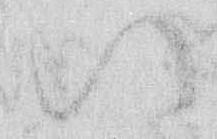
い